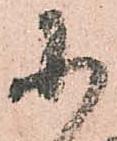
小